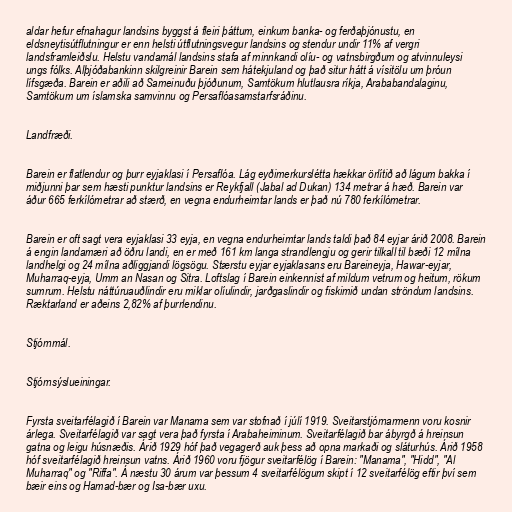
aldar hefur efnahagur landsins byggst á fleiri þáttum, einkum banka- og ferðaþjónustu, en
eldsneytisútflutningur er enn helsti útflutningsvegur landsins og stendur undir 11% af vergri
landsframleiðslu. Helstu vandamál landsins stafa af minnkandi olíu- og vatnsbirgðum og atvinnuleysi
ungs fólks. Alþjóðabankinn skilgreinir Barein sem hátekjuland og það situr hátt á vísitölu um þróun
lífsgæða. Barein er aðili að Sameinuðu þjóðunum, Samtökum hlutlausra ríkja, Arababandalaginu,
Samtökum um íslamska samvinnu og Persaflóasamstarfsráðinu.

Landfræði.

Barein er flatlendur og þurr eyjaklasi í Persaflóa. Lág eyðimerkurslétta hækkar örlítið að lágum bakka í
miðjunni þar sem hæsti punktur landsins er Reykfjall (Jabal ad Dukan) 134 metrar á hæð. Barein var
áður 665 ferkílómetrar að stærð, en vegna endurheimtar lands er það nú 780 ferkílómetrar.

Barein er oft sagt vera eyjaklasi 33 eyja, en vegna endurheimtar lands taldi það 84 eyjar árið 2008. Barein
á engin landamæri að öðru landi, en er með 161 km langa strandlengju og gerir tilkall til bæði 12 mílna
landhelgi og 24 mílna aðliggjandi lögsögu. Stærstu eyjar eyjaklasans eru Bareineyja, Hawar-eyjar,
Muharraq-eyja, Umm an Nasan og Sitra. Loftslag í Barein einkennist af mildum vetrum og heitum, rökum
sumrum. Helstu náttúruauðlindir eru miklar olíulindir, jarðgaslindir og fiskimið undan ströndum landsins.
Ræktarland er aðeins 2,82% af þurrlendinu.

Stjórnmál.

Stjórnsýslueiningar.

Fyrsta sveitarfélagið í Barein var Manama sem var stofnað í júlí 1919. Sveitarstjórnarmenn voru kosnir
árlega. Sveitarfélagið var sagt vera það fyrsta í Arabaheiminum. Sveitarfélagið bar ábyrgð á hreinsun
gatna og leigu húsnæðis. Árið 1929 hóf það vegagerð auk þess að opna markaði og sláturhús. Árið 1958
hóf sveitarfélagið hreinsun vatns. Árið 1960 voru fjögur sveitarfélög í Barein: "Manama", "Hidd", "Al
Muharraq" og "Riffa". Á næstu 30 árum var þessum 4 sveitarfélögum skipt í 12 sveitarfélög eftir því sem
bæir eins og Hamad-bær og Isa-bær uxu.